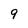
Character: 9